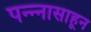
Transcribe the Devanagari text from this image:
पन्‍न्‍नासाहून